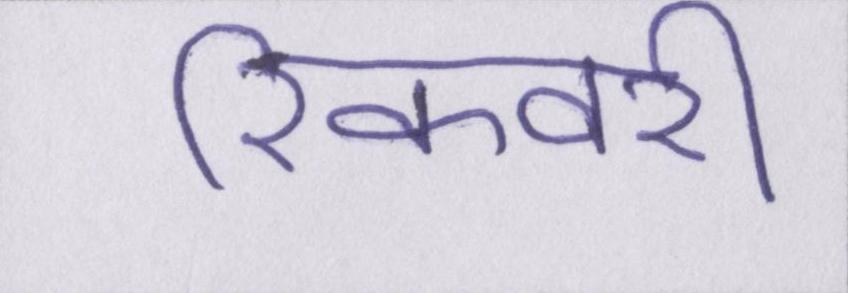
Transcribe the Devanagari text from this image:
रिकवरी